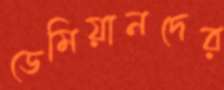
ডেমিয়ানদের